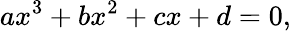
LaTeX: ax^{3}+bx^{2}+cx+d=0,